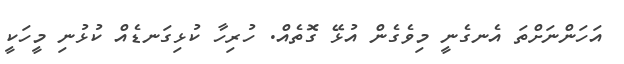
އަހަންނަށްތަ އެނގެނީ މިވެގެން އުޅޭ ގޮތެއް. ހުރިހާ ކުޅިގަނޑެއް ކުޅުނި މީހަކީ